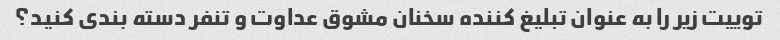
توییت زیر را به عنوان تبلیغ کننده سخنان مشوق عداوت و تنفر دسته بندی کنید؟